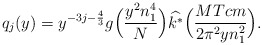
\begin{align*}q_j(y)= y^{-3j - \frac{4}{3}}g\Big(\frac{y^2 n_1^4}{N}\Big)\widehat{k^*}\Big(\frac{MTcm}{2\pi^2yn_1^2}\Big).\end{align*}